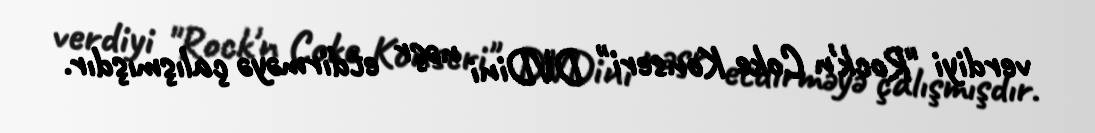
verdiyi "Rock'n Coke Konseri" DVDini nəşr etdirməyə çalışmışdır.